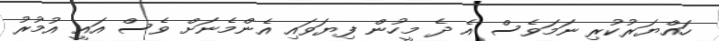
ހައްޔަރުކުރި ނަމަވެސް އެ ދެ މީހުން ފިޔަވައި އެންމެނަށް ވެސް އައީ އުމުރު